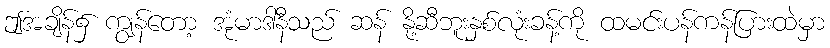
ဤအချိန်၌ ကျွန်တော့ အုံမာဒါနီသည် ဆန် နို့ဆီဘူးနှစ်လုံးခန့်ကို ထမင်းပန်ကန်ပြားထဲမှာ